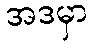
အဒမှာ